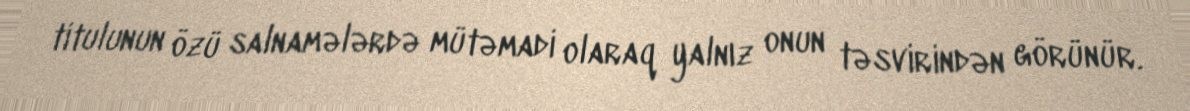
titulunun özü salnamələrdə mütəmadi olaraq yalnız onun təsvirindən görünür.